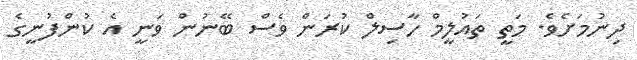
ދިނުމަށެވެ. މަތީ ތައުލީމް ހާސިލް ކުރަން ވެސް ބޭނުން ވަނީ އެ ކުންފުނީގެ